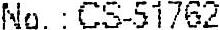
NO. : CS-51762